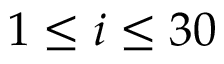
1 \leq i \leq 3 0